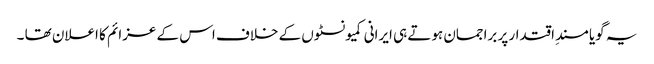
یہ گویا مسندِ اقتدار پر براجمان ہوتے ہی ایرانی کمیونسٹوں کے خلاف اس کے عزائم کا اعلان تھا ۔